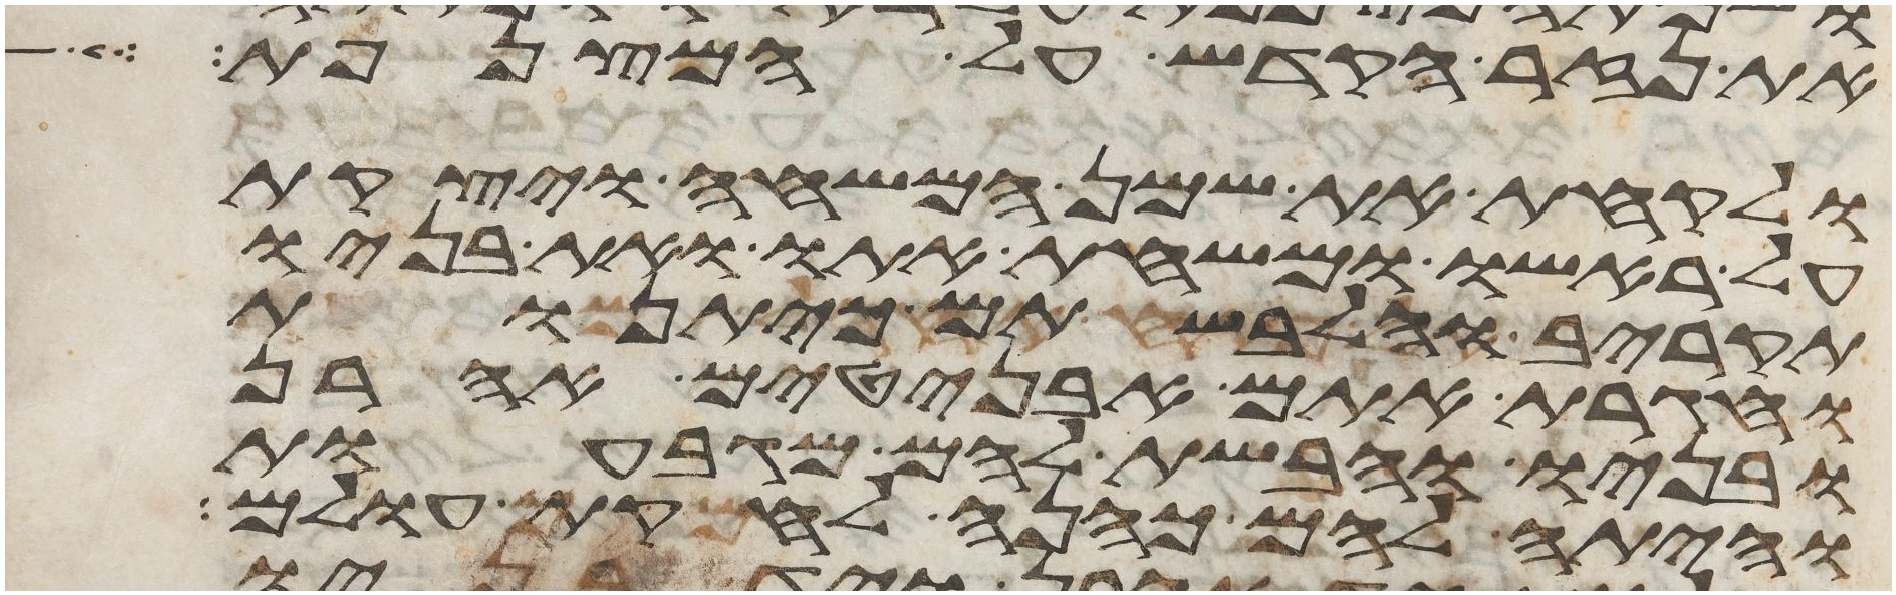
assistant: את נזר הקדש על המצנפת
ולקחת את שמן המשחה ויצקת
על ראשו ומשחת אתו ואת בניו
תקריב והלבשתם כיתנות
וחגרת אתם אבניטים אהרן
ובניו וחבשת להם מגבעות
והיתה להם כהנה לחקת עולם